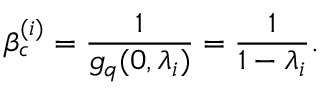
\beta _ { c } ^ { ( i ) } = \frac { 1 } { g _ { q } ( 0 , \lambda _ { i } ) } = \frac { 1 } { 1 - \lambda _ { i } } .